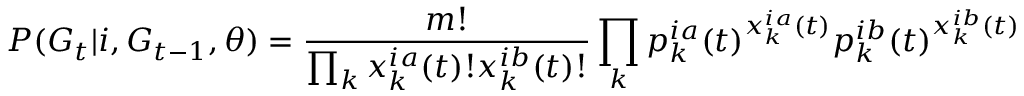
P ( G _ { t } | i , G _ { t - 1 } , \theta ) = \frac { m ! } { \prod _ { k } x _ { k } ^ { i a } ( t ) ! x _ { k } ^ { i b } ( t ) ! } \prod _ { k } p _ { k } ^ { i a } ( t ) ^ { x _ { k } ^ { i a } ( t ) } p _ { k } ^ { i b } ( t ) ^ { x _ { k } ^ { i b } ( t ) }